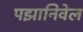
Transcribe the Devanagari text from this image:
पझानिवेल